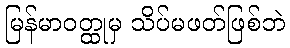
မြန်မာဝတ္ထုမှ သိပ်မဖတ်ဖြစ်ဘဲ